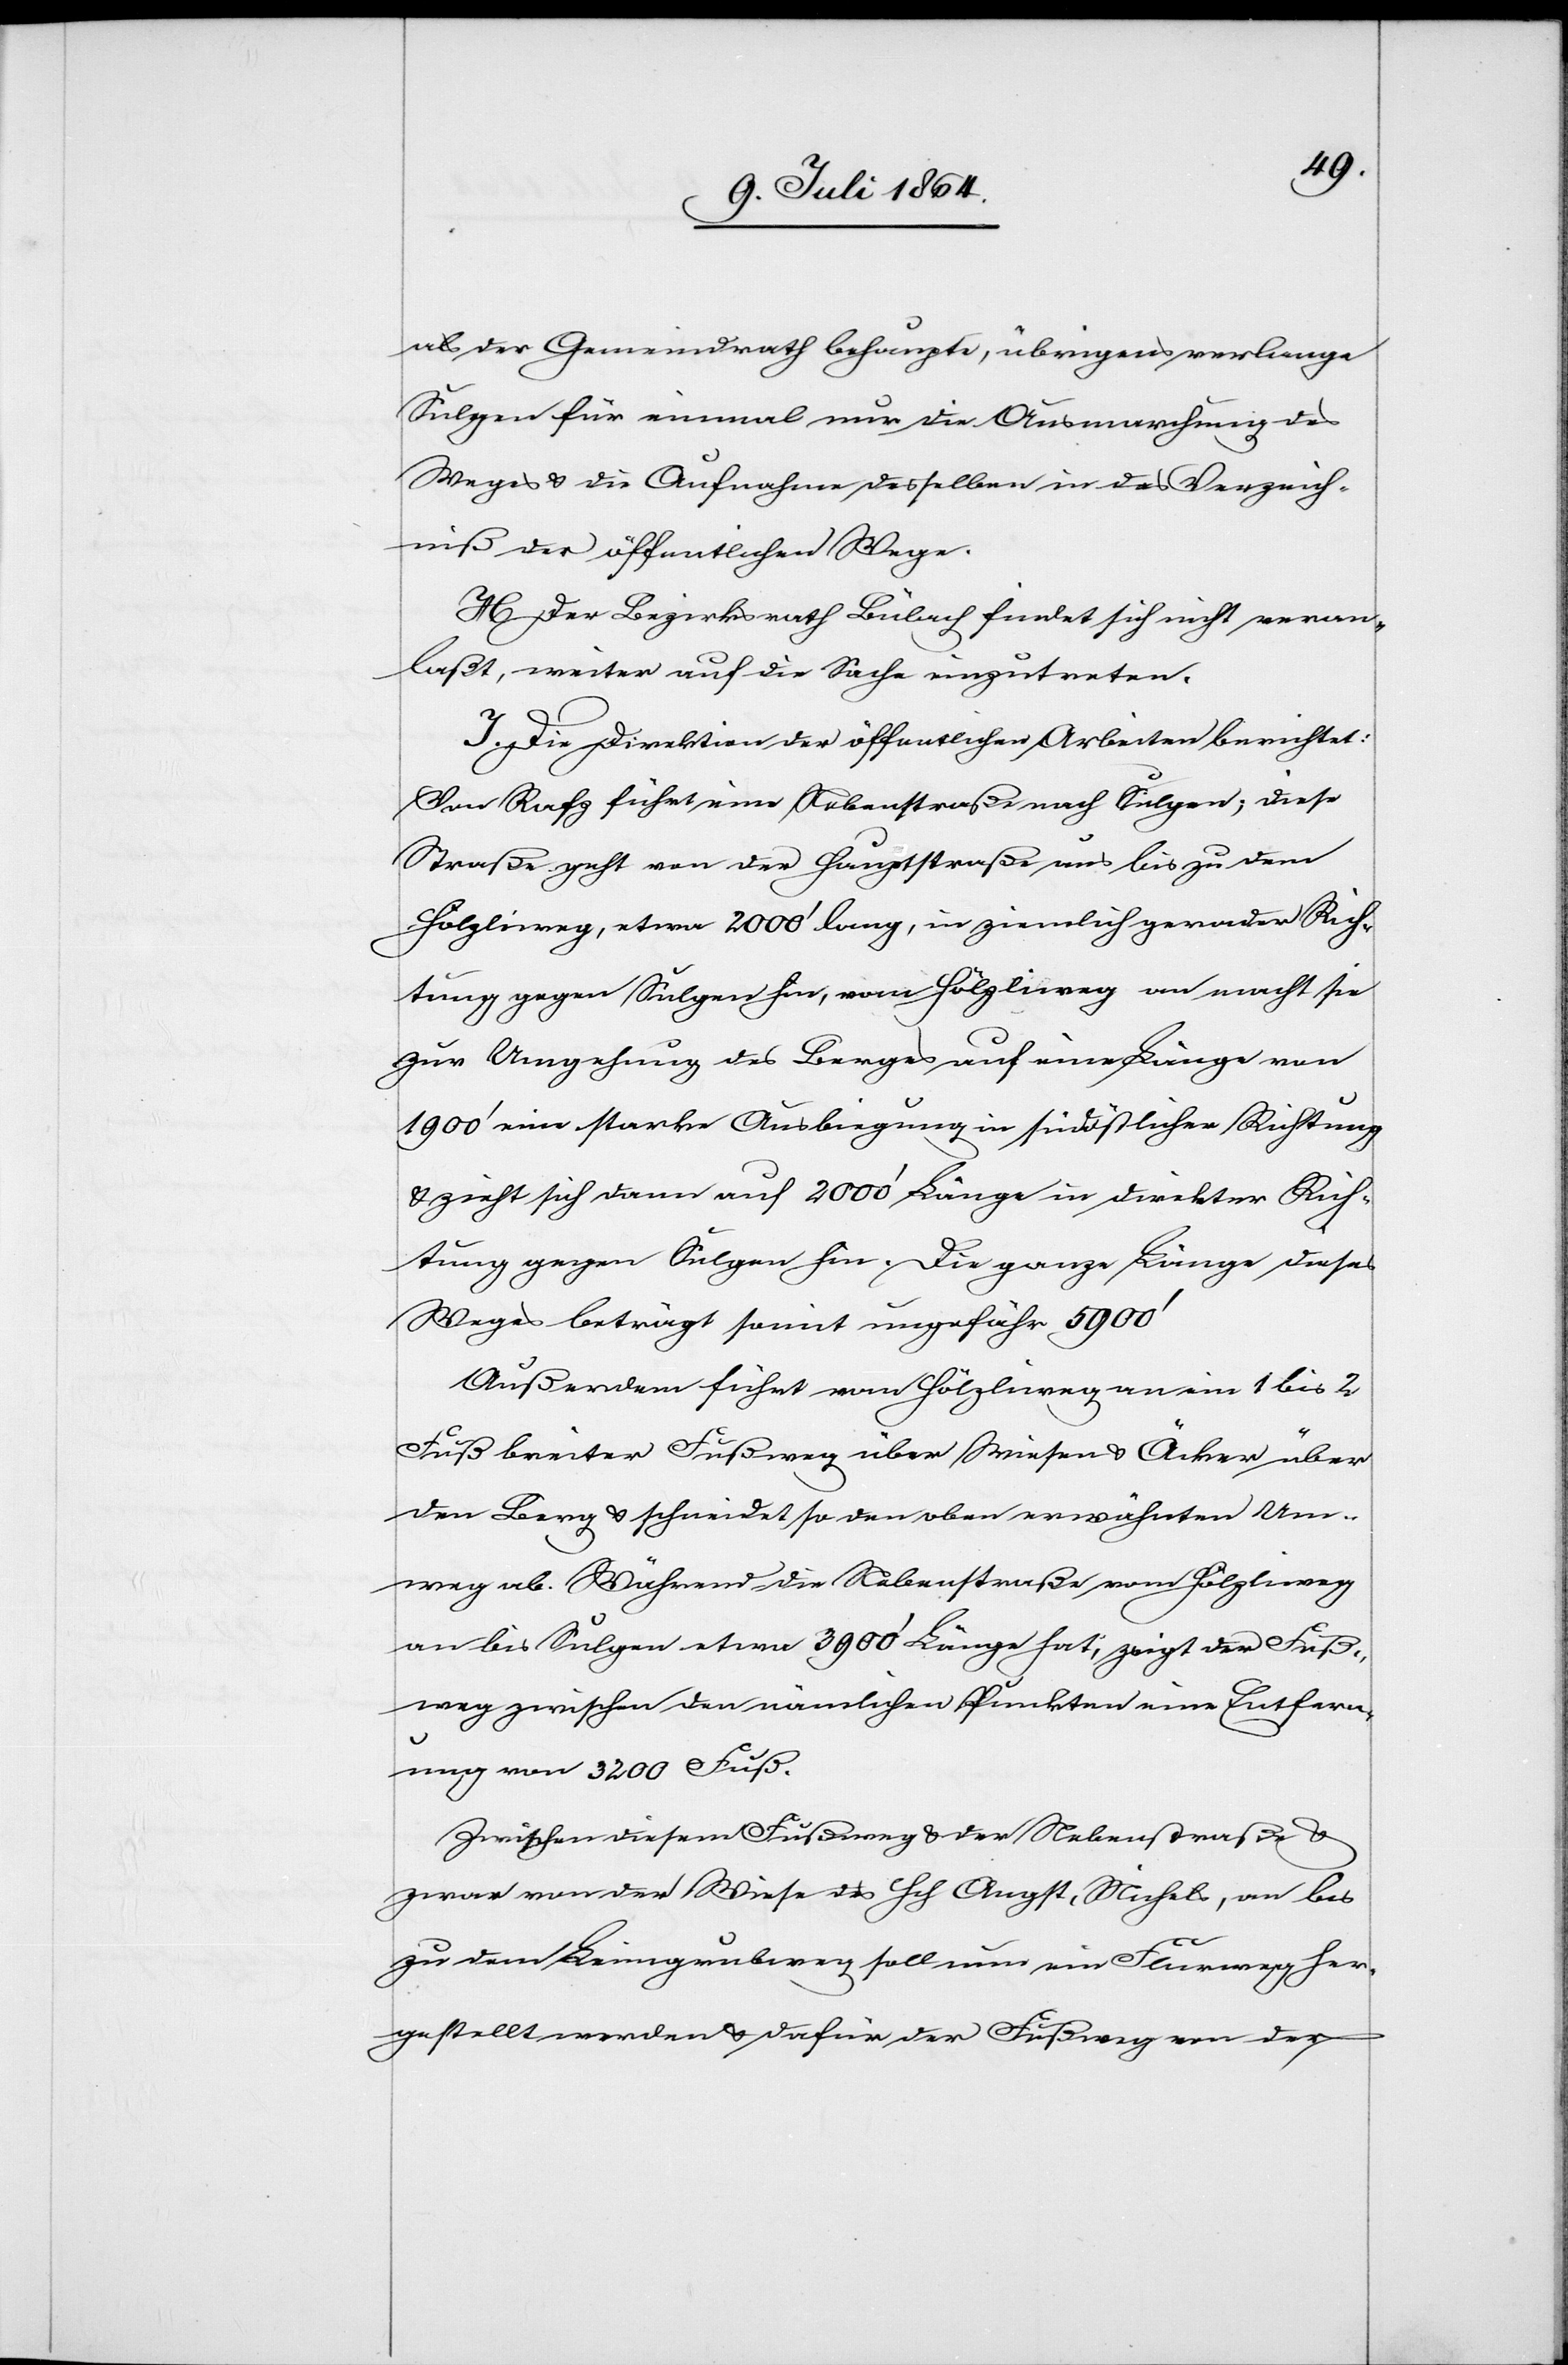
als der Gemeindrath behaupte, übrigens verlange
Sulgen für einmal nur die Ausmarchung des
Weges u. die Aufnahme desselben in das Verzeich¬
niß der öffentlichen Wege.
H. Der Bezirksrath Bülach findet sich nicht veran¬
laßt, weiter auf die Sache einzutreten.
I. Die Direktion der öffentlichen Arbeiten berichtet:
Von Rafz führt eine Nebenstraße nach Sulgen; diese
Straße geht von der Hauptstraße aus bis zu dem
Hölzliweg, etwa 2000’ lang, in ziemlich gerader Rich¬
tung gegen Sulgen hin, vom Hölzliweg an macht sie
zur Umgehung des Berges auf eine Länge von
1900’ eine starke Ausbiegung in südöstlicher Richtung
u. zieht sich dann auf 2000’ Länge in direkter Rich¬
tung gegen Sulgen hin. Die ganze Länge dieses
Weges beträgt somit ungefähr 5900’[.]
Außerdem führt vom Hölzliweg an ein 1 bis 2
Fuß breiter Fußweg über Wiesen u. Äcker über
den Berg u. schneidet so den oben erwähnten Um¬
weg ab. Während die Nebenstraße vom Hölzliweg
an bis Sulgen etwa 3900’ Länge hat, zeigt der Fuß¬
weg zwischen den nämlichen Punkten eine Entfern¬
ung von 3200 Fuß.
Zwischen diesem Fußweg u. der Nebenstraße u.
zwar von der Wiese des Hch Angst, Michels, an bis
zu dem Leimgrubweg soll nun ein Flurweg her¬
gestellt werden u. dafür der Fußweg von der